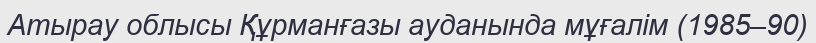
Атырау облысы Құрманғазы ауданында мұғалім (1985–90)